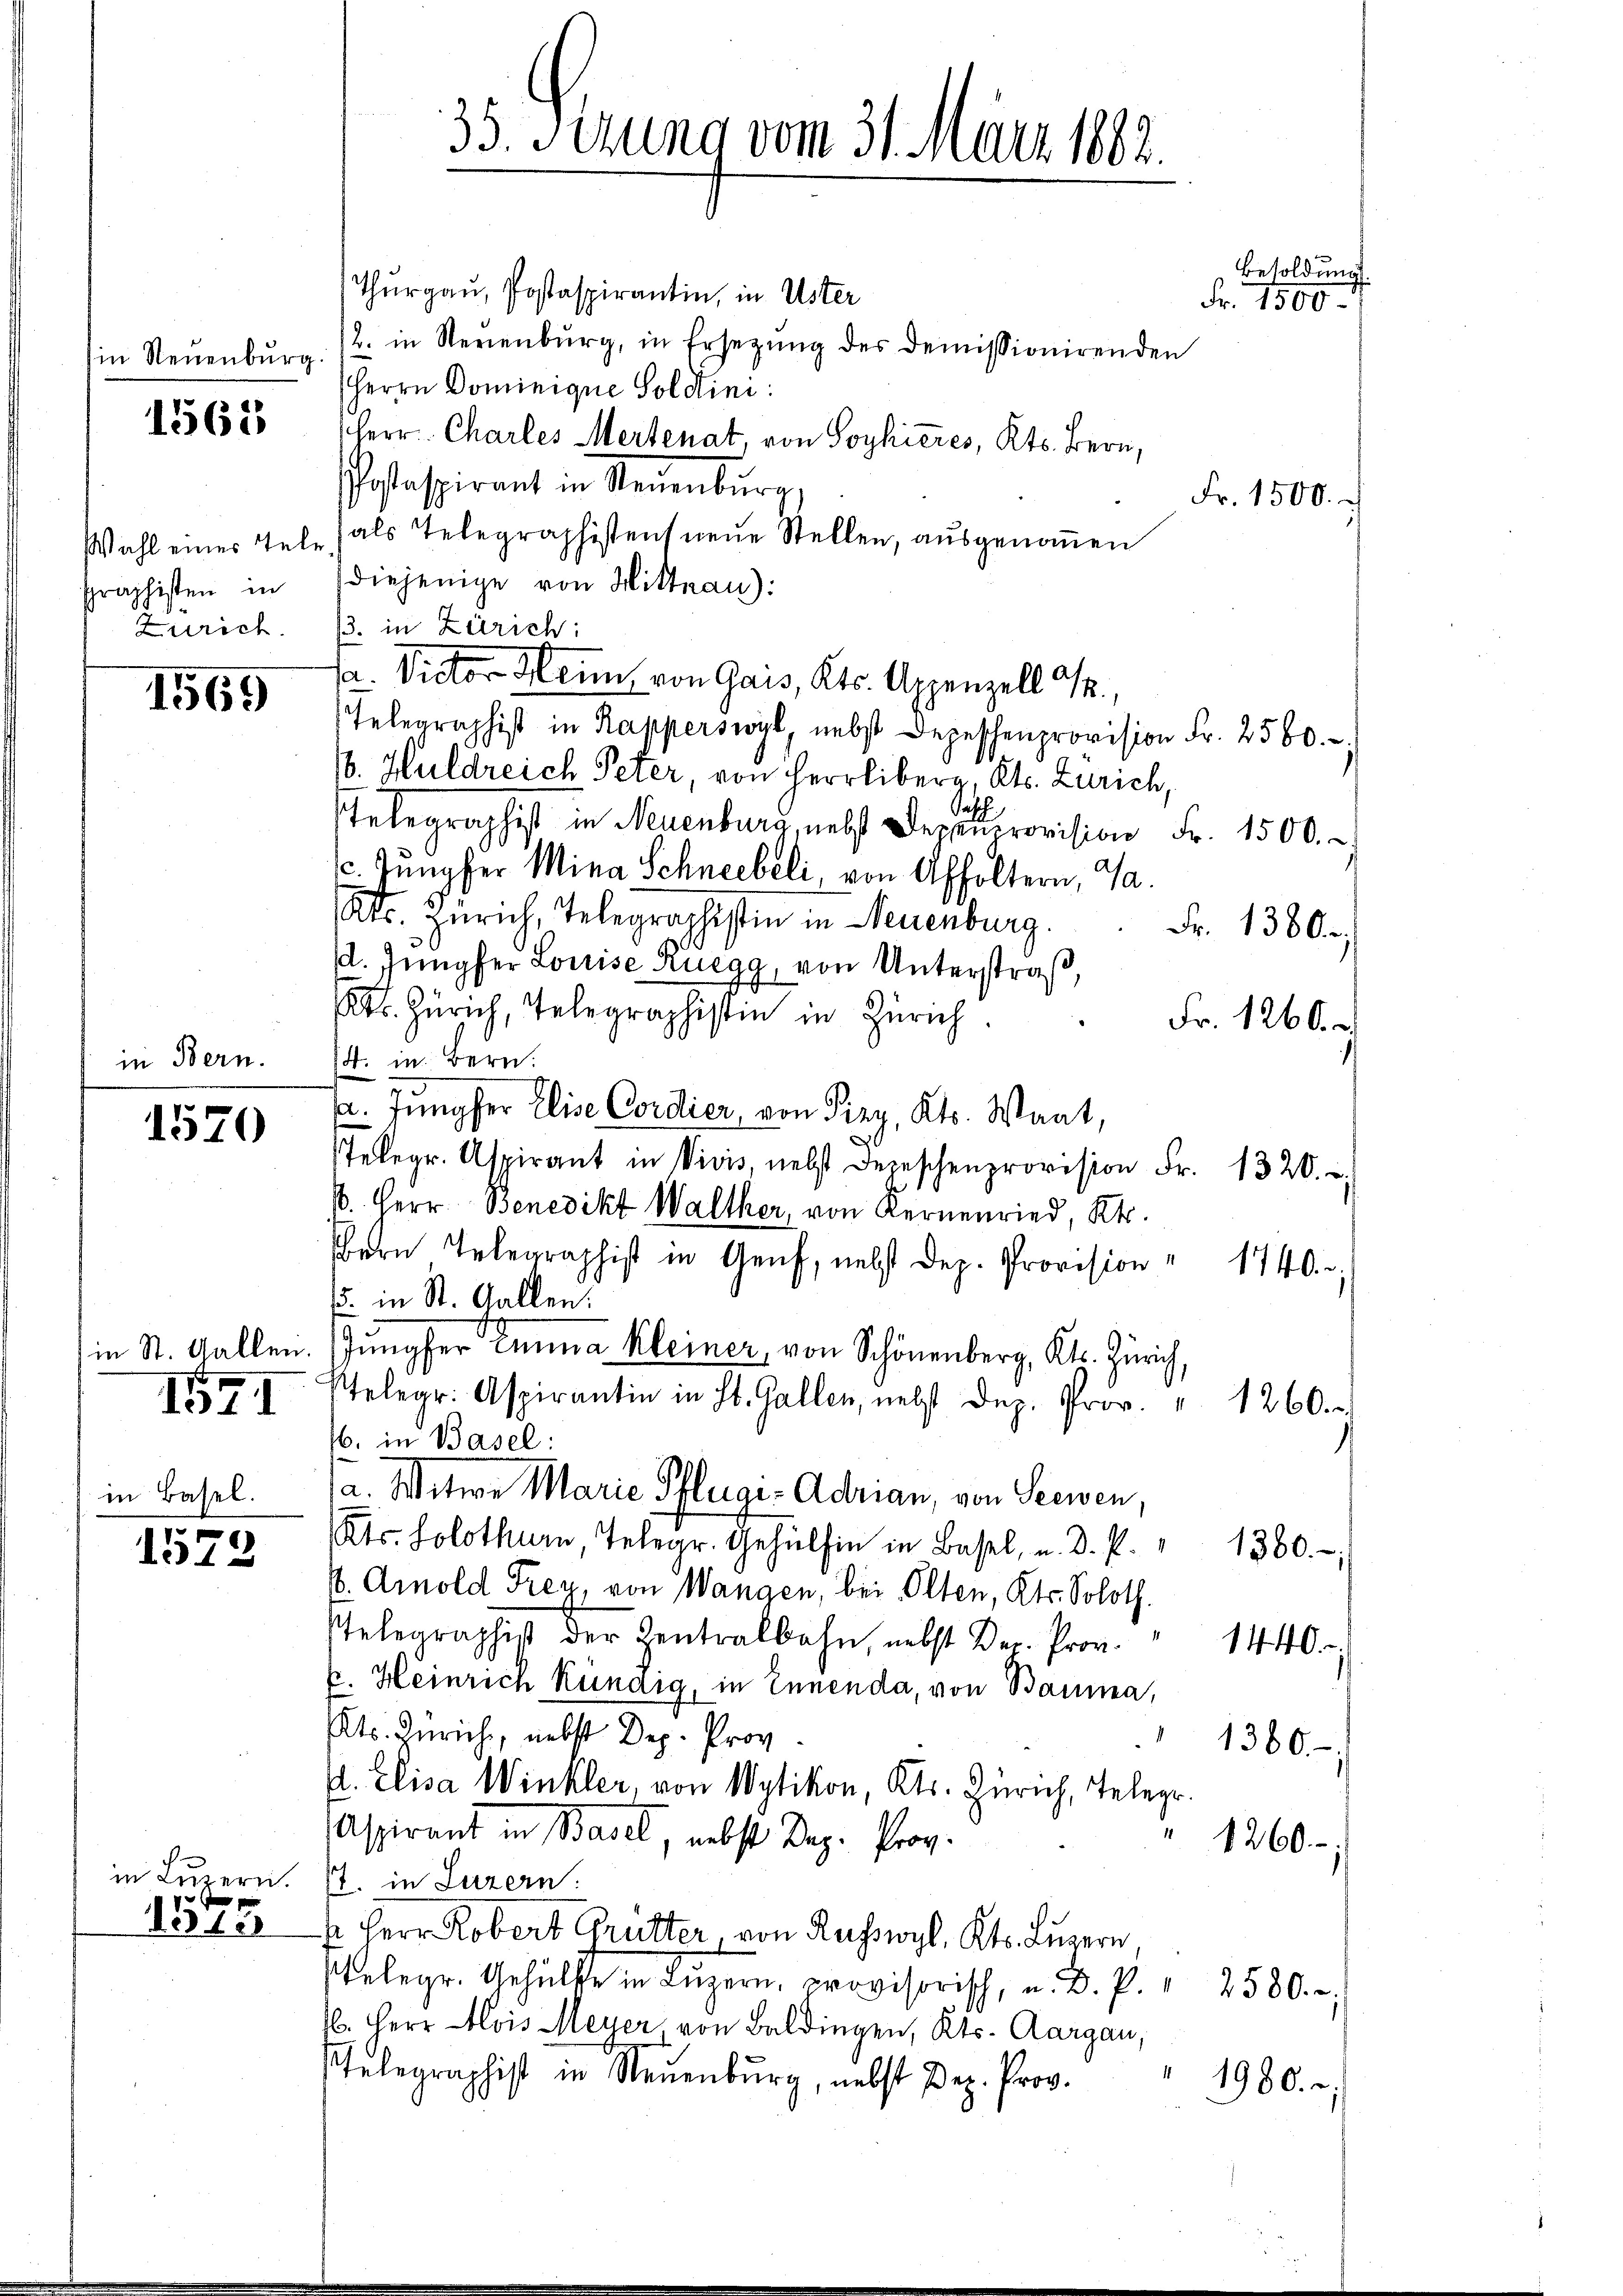
in Neuenburg.

1565

graphisten in
Zürich.

1569

in Bern.

in Basel.

x
1315

1570

1571

1572

Thurgau, Postaspirantin, in Uster
2. in Neuenburg, in Ersetzŭng des demissionirenden
Herrn Dominique Soldini:
herr Charles Mertenat, von Soyhicres, Kts. Bern,
Postaspirant in Neuenburg,
Fr. 1500.
Wahl eines Tele (als Telegraphistens neue Stellen, ausgenommen
diejenige von Hittnau):
3. in Zürich:
Fa. Victor Mein von Gais, Kts. Appenzell I.
Telegraphist in Kapperswyl, nebst Depeschenprovision Fr. 2560.
(. Huldreich Peter von Herrliberg, Kts. Zürich,
Telegraphist in Neuenburg, nebst Deparovision Fr. 1500.
1. Jungfer Mina Schneebeli von Affoltern, Ja.
Kts. Zürich, Telegraphistin in Neuenburg.
d. Jungfer Louise Ruegg, von Unterstraß,
. Zürich, Telegraphistin in Zürich
1
14. in Bern.
1. Jungfer Elise Cordier von Pizy, Kts. Waat,
Telegr. Aspirant in Vicis, nebst Depeschenprovision Fr. 1320.
k. Herr Benedikt Walther, von Kernenried, Kt.
ern Telegraphist in Genf, nebst dep. Provision " 1740.
15. in St. Gallen.
in St. Gallen. Jungfer Einna Kleiner, von Schönenberg, Kt. Zürich,
Telegr. Aspirantin in St. Gallen, nebst dep. Prov. v. 1260.
16. in Basel:
.
a. Witwe Marie Pflugis Adrian, von Seewen
Kts. Solothurn Telegr. Gehülfe in Basel, u. d. P. " 1360.
s. Arnold Frey, von Wangen, bei Olten, Kts. Soloth.
Pelegraphist der Zentralbahn, nebst Der Prov.
1440.
k. Heinrich Kundig, in Ennenda, von Bauma,
Kts. Zürich, nebst Dep. Prov.
1360.
d. Elisa Winkler, von Wytikon, Kts. Zürich, Telegr.
Aspirant in Basel, nebst Dez. Prov.
1260.
in Luzern. J. in Luzern:
s Herr Robert Grütter von Ruswyl, Kts. Luzern
sbelegr. Gehülfe in Lŭzern, provisorisch, a. D. P. " 2580.
sl. Herr Alois Meyer von Baldingen, Kts. Aargau,
Ptelegraphist in Neuenburg, nebst Dez. Prov.
1980.

35. Sezung vom 31. März 1882

Besoldung.
Fr. 1500.

Fr. 1380.

Fr. 1260.